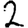
Digit: 2